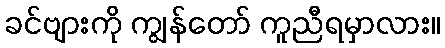
ခင်ဗျားကို ကျွန်တော် ကူညီရမှာလား။